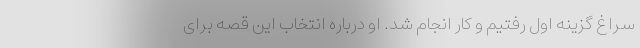
سراغ گزینه اول رفتیم و کار انجام شد. او درباره انتخاب این قصه برای